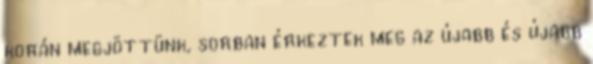
korán megjöttünk, sorban érkeztek meg az újabb és újabb